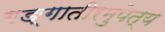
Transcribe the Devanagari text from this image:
गङ्गातीरमुपेत्य